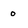
Character: 0